Medical and sanitary report of the native army of Bengal for the year
Year: 1874
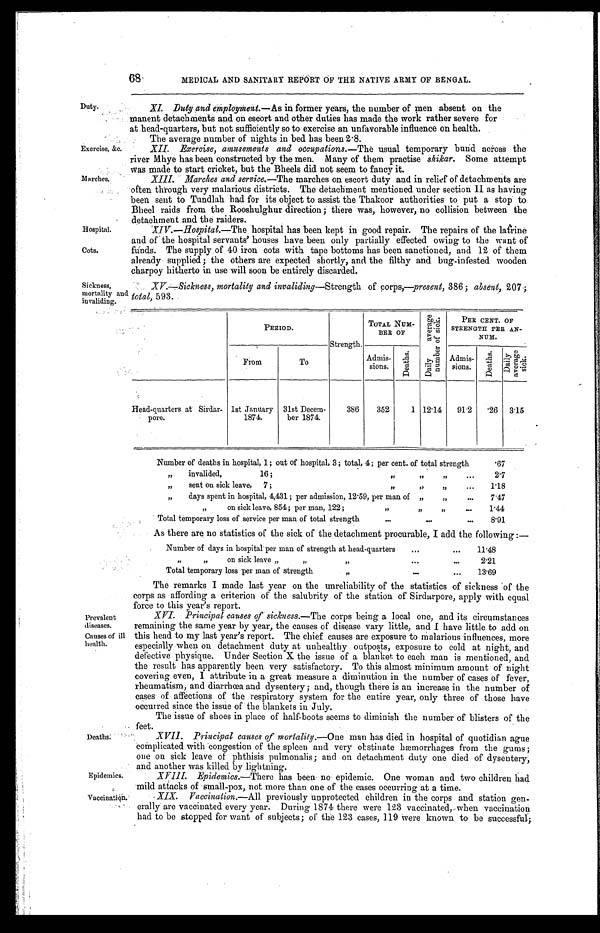
Exercise, &c.
Marches.
Hospital.
Cots.
Prevalent
diseases.
Causes of ill
health.
Epidemics.
Vaccination.
68
Duty.
MEDICAL AND SANITARY REPORT OF THE NATIVE ARMY OF BENGAL.
XI. Duty and employment.— As in former years, the number of men absent on the
manent detachments and on escort and other duties has made the work rather severe for
at head-quart ers, but not suffi ci ent l y so t o exerci se an unfavorabl e i nfl uence on heal t h.
The Average number of nights in bed has been 2.8..
XII. Exercise, amusements and occupations .—The usual temporary bund across the
river Mhye has been constructed by the men. Many of them practise shikar. Some attempt
was made to start cricket, but the Bheels did not seem to fancy it.
Marches and service.— The marches on escort duty and in relief of detachments are
often through very malarious districts. The detachment mentioned under section II as having
been sent to Tundlah had for its object to assist the Thakoor authorities to put a stop to
B heel raids from the Rooshulghur direction ; there was, however, no collision between the
detachment and the raiders.
XIV .—Hospital.—The hospital has been kept in good repair. The repairs of the latrine
and of' the hospital servants' houses have been only partially effected owing to the want of
funds. The supply of 40 iron cots with tape bottoms has been sanctioned, and 12 of them
already supplied ; the others are expected shortly, and the filthy and bug-infested wooden
charpoy hitherto in use will soon be entirely discarded.
Sickness,
mortality and
invaliding.
XV-Sickness, mortality and invaliding— Strength of corps,—present 386; absent, 207 ;
total, 593.
PERIOD.
Strength.
TOTAL NUM-
BER OF
D a i l y a v e r a g e n u m b e r o f s i c k .
PER CENT. OF
STRENGTH PER AN-
N U M .
From
To
Admis-
sions.
D e a t h s .
Admis-
sions.
D e a t h s .
D a i l y a v e r a g e s i c k .
Head-quarters at Sirdar-
pore.
1st January
1874.
31st Decem-
ber 1874.
386
352
1 12.14
91.2
. 2 6 3.15
Deaths.
Number of deaths in hospital, 1; out of hospital, 3; total, 4; per cent. of total strength . . .
.67
" invalided,
16 ;
"
" " . . .
2.7
"
sent on sick leave,
7 ;
" ",
" . . .
1.18
"
days spent in hospital, 4,431 ; per admission, 12.59, per man of "
" . . .
7.47
"
on sick leave, 854 ; per man, 122 ;
"
" " . . .
1.44
Total temporary loss of service per man of total strength . . .
8.91
As there are no statistics of the sick of the detachment procurable, I add the following :—
Number of days in hospital per man of strength at head-quarters. . .
11.48
"
" "
o n s i c k
l e a v e " " . . .
2.21
Total temporary loss per man of strength
"
"
. . .
13.69
The remarks I made last year on the unreliability of the statistics of sickness of the
corps as affording a criterion of the salubrity of the station of Sirdarpore, apply with equal
force to this year's report.
XVI. Principal causes of sickness.— The corps being a local one, and its circumstances
remaining the same year by year, the causes of disease vary little, and I have little to add on
this head to my last year's report. The chief causes are exposure to malarious influences, more
especially when on detachment duty at unhealthy outposts, exposure to cold at night, and
defective physique. Under Section X the issue of a blanket to each man is mentioned, and
the result has apparently been very satisfactory. To this almost minimum amount of night
covering even, I attribute in a great measure a diminution in the number of cases of fever,
rheumatism, and diarrhœa and dysentery ; and, though there is an increase in the number of
cases of affections of the respiratory system for the entire year, only three of those have
occurred since the issue of the blankets in July.
The issue of shoes in place of half-boots seems to diminish the number of blisters of the
feet.
XVII. Principal causes of mortality.— One man has died in hospital of quotidian ague
complicated with congestion of the spleen and very obstinate hæmorrhages from the gums ;
one on sick leave of phthisis pulmonalis ; and on detachment duty one died of dysentery,
aind another was killed by lightning.
XVIII. Epidemics.—There has been no epidemic. One woman and two children had
mild attacks of small-pox, not more than one of the cases occurring at a time.
XIX. Vaccination.— All previously unprotected children in the corps and station gen-
erally are vaccinated every year. During 1874 there were 123 vaccinated, when vaccination
had to be stopped for want of subjects ; of the 123 cases, 119 Were known to be successful ;